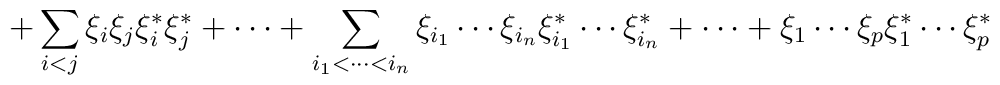
+\sum_{i<j}\xi _i\xi _j\xi _i^{*}\xi _j^{*}+\cdots+\sum_{i_1<\cdots <i_n}\xi _{i_1}\cdots \xi _{i_n}\xi _{i_1}^{*}\cdots \xi_{i_n}^{*}+\cdots+\xi _1\cdots \xi _p\xi _1^{*}\cdots \xi _p^{*}